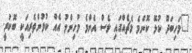
"މަހިބަދޫ ކުޅޭ ކޮންމެ މެޗެއްގައި ވެސް އެންމެ މުހިންމު އެއް ކުޅުންތެރިއަކީ ބޮކުރީ.